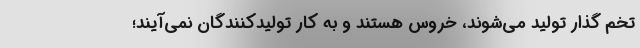
تخم گذار تولید می‌شوند، خروس هستند و به کار تولیدکنندگان نمی‌آیند؛